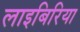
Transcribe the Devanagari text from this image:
लाइबिरिया